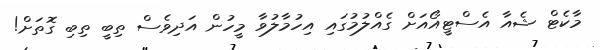
މާކެޓް ޝެއާ އެސްޓީއޯއަށް ގެއްލުމުގައި އިހުމާލުވާ މީހުން އަދިވެސް ތިބީ ތިބި ގޮތަށް!